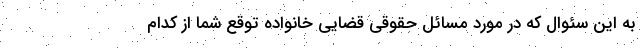
به این سئوال که در مورد مسائل حقوقی قضایی خانواده توقع شما از کدام